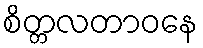
စိတ္တလတာဝနေ